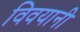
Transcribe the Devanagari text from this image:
विवयानी